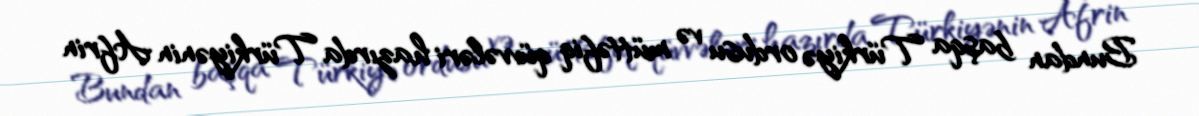
Bundan başqa Türkiyə ordusu və müttəfiq qüvvələri hazırda Türkiyənin Afrin